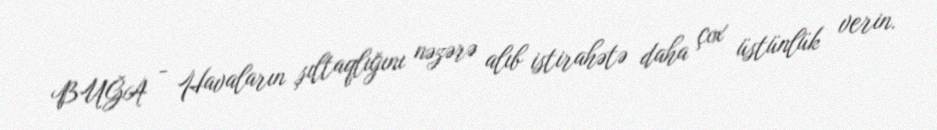
BUĞA - Havaların şıltaqlığını nəzərə alıb istirahətə daha çox üstünlük verin.